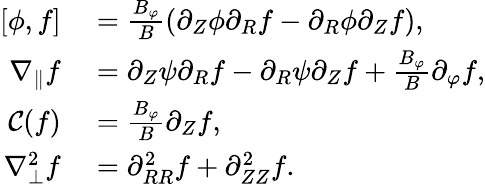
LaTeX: \begin{array}{rl}{[\phi,f]}&{{}=\frac{B_{\varphi}}{B}(\partial_{Z}\phi\partial_{R}f-\partial_{R}\phi\partial_{Z}f),}\\ {\nabla_{\parallel}f}&{{}=\partial_{Z}\psi\partial_{R}f-\partial_{R}\psi\partial_{Z}f+\frac{B_{\varphi}}{B}\partial_{\varphi}f,}\\ {\mathcal{C}(f)}&{{}=\frac{B_{\varphi}}{B}\partial_{Z}f,}\\ {\nabla_{\perp}^{2}f}&{{}=\partial_{RR}^{2}f+\partial_{ZZ}^{2}f.}\end{array}